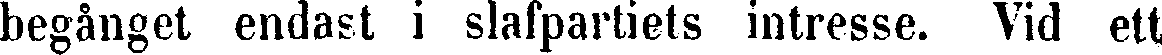
begånget endast i slafpartiets intresse. Vid ett